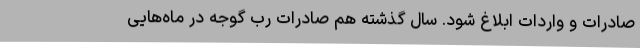
صادرات و واردات ابلاغ شود. سال گذشته هم صادرات رب گوجه در ماه‌هایی